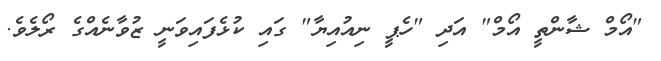
"އޯމް ޝާންތީ އޯމް" އަދި "ހެޕީ ނިއުއިޔާ" ގައި ކުޅެފައިވަނީ ޒުވާނެއްގެ ރޯލެވެ.